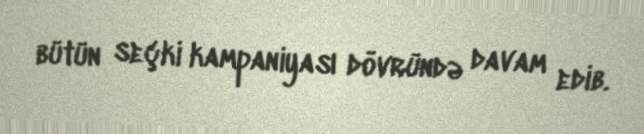
bütün seçki kampaniyası dövründə davam edib.